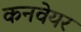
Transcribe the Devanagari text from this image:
कनवेयर